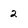
Character: 2